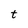
Character: t